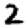
Digit: 2